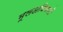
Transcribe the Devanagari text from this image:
मूलअधिकारों